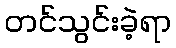
တင်သွင်းခဲ့ရာ